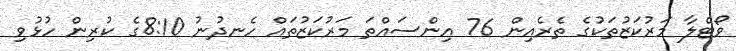
ވޯޓްލާ މަރުކަޒުތަކުގެ ތެރެއިން 76 އިންސައްތަ މަރުކަޒުތައް ހެނދުނު 8:10ގެ ކުރިން ހުޅުވި